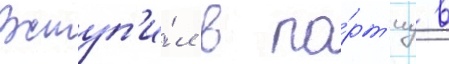
Вступ'и́л в па́рт'иу в